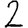
Digit: 2